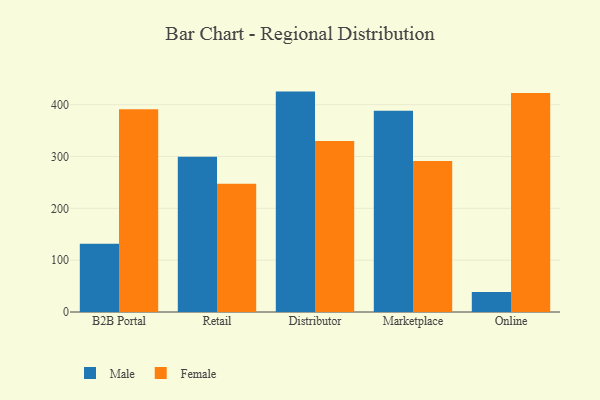
{"axis": {"x": "Channel", "y": "Temperature (°C)"}, "legend": ["Female", "Male"], "data": [{"x": "B2B Portal", "y": 131.7, "type": "Male"}, {"x": "B2B Portal", "y": 391.1, "type": "Female"}, {"x": "Retail", "y": 299.4, "type": "Male"}, {"x": "Retail", "y": 247.7, "type": "Female"}, {"x": "Distributor", "y": 425.3, "type": "Male"}, {"x": "Distributor", "y": 329.8, "type": "Female"}, {"x": "Marketplace", "y": 388.3, "type": "Male"}, {"x": "Marketplace", "y": 291.2, "type": "Female"}, {"x": "Online", "y": 38.7, "type": "Male"}, {"x": "Online", "y": 422.5, "type": "Female"}]}